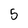
Character: 5